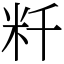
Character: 粁